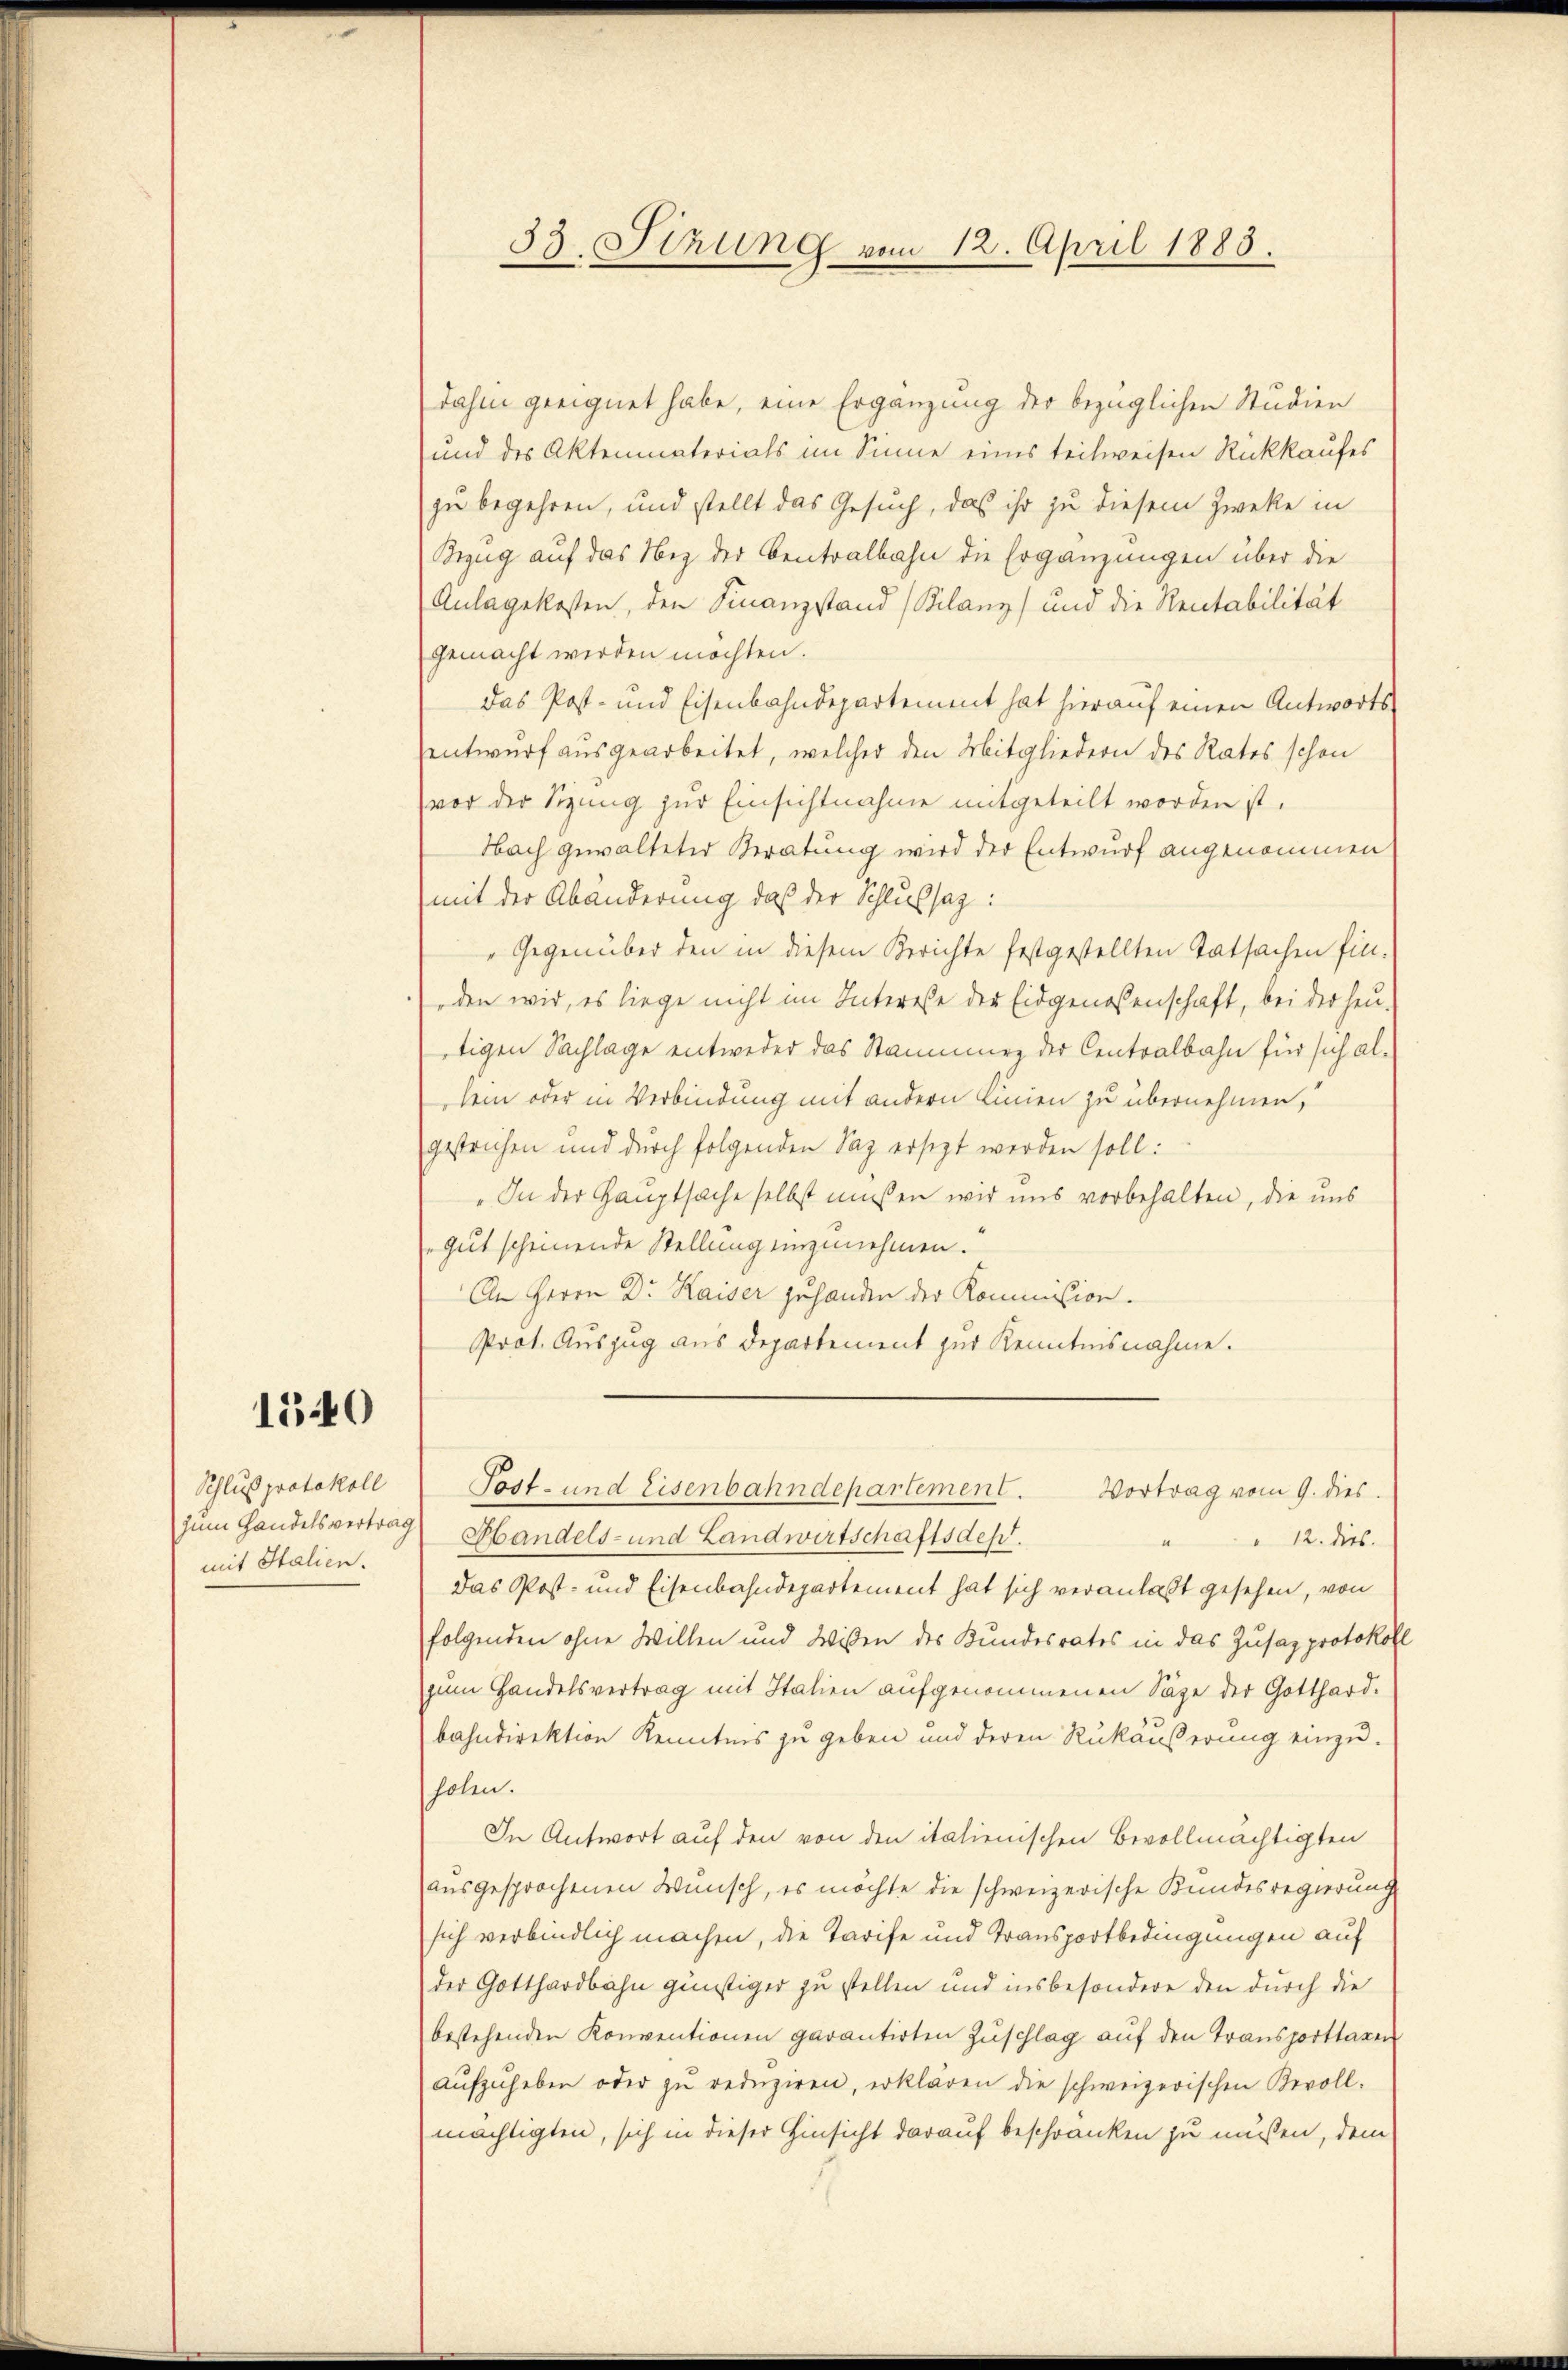
1540

Schluß protokoll
zum Handelsvertrag
mit Stalien.

33. Sirung vom 12. April 1883.

dahin geeignet habe, eine Ergänzung der bezüglichen Studien
und des Aktenmaterials im Sinne eines teilweisen Rückkaufes
zu begehren, und stellt das Gesuch, daß ihr zu diesem Zwecke in
Bezug auf das Nez der Centralbahn die Ergänzungen über die
Anlagekosten, den Finanzstand (Bilanz) und die Rectabilität
gemacht werden möchten.
Das Post- und Eisenbahndepartement hat hierauf einen Antwortsentwurf ausgearbeitet, welcher den Mitgliedern des Rates schon
vor der Sizung zur Einsichtnahme mitgeteilt worden ist.
Nach gewalteter Beratung wird der Entwurf angenommen
mit der Abänderung, daß der Schlussaz:
"Gegenüber den in diesem Berichte festgestellten Tatsachen fin-
den wir, es liege nicht im Interesse der Eidgenossenschaft, bei der heu-
tigen Sachlage entweder das Stammen der Centralbahn für sich aldem oder in Verbindung mit andern Linien zu übernehmen,
gestrichen und durch folgenden Sag ersetzt werden soll:
„In der Hauptsache selbst müssen wir uns vorbehalten, die uns
„Gut scheinende Stellung einzunehmen.
An Herrn Dr. Kaiser zuhanden der Kommission.
Prot. Auszug aus Departement zur Kenntnisnahme.
Post- und Eisenbahndepartement.
Vortrag vom 9. dies
Handels- und Landwirtschaftsdes.
12. dies.
Das Post- und Eisenbahndepartement hat sich veranlaßt gesehen, von
folgenden ohne Willen und Wissen des Kundesrates in das Zusaz protokoll
zum Handelsvertrag mit Italien aufgenommenen Säge der Gotthard-
bahndirektion Kenntnis zu geben und deren Rükäußerung einzuholen.
In Antwort auf den von den italienischen Bevollmächtigten
ausgesprochenen Wunsch, es möchte die schweizerische Bundesregierung
sich verbindlich machen, die Tarife und Transportbedingungen auf
der Gotthardbahn günstiger zu stellen und insbesondere den durch die
bestehenden Konventionen garantirten Zuschlag auf den Transporttagen
aŭfzŭheben oder zŭ redŭziren, erklären die schweizerischen Bevoll-
mächtigten, sich in dieser Hinsicht darauf beschränken zu müßen, dem